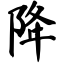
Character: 降